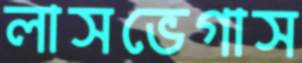
লাসভেগাস